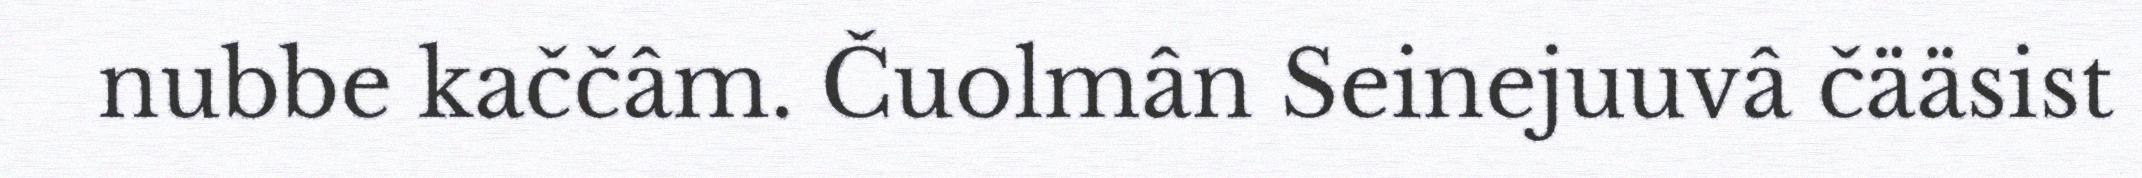
nubbe kaččâm. Čuolmân Seinejuuvâ čääsist